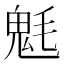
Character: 𩲊